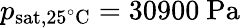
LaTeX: p_{\mathrm{sat,25^{\circ}C}}=30900\ \mathrm{Pa}